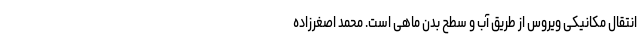
انتقال مکانیکی ویروس از طریق آب و سطح بدن ماهی است. محمد اصغرزاده